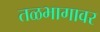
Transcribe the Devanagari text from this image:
तळभागावर